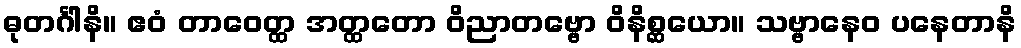
ဓုတင်္ဂါနိ။ ဧဝံ တာဝေတ္ထ အတ္ထတော ဝိညာတဗ္ဗော ဝိနိစ္ဆယော။ သဗ္ဗာနေဝ ပနေတာနိ